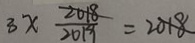
3 x \frac { 2 0 1 8 } { 2 0 1 9 } = 2 0 1 8